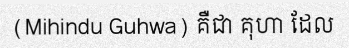
(Mihindu Guhwa) គឺជា គុហា ដែល